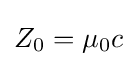
{\textstyle Z_{0}=\mu _{0}c}